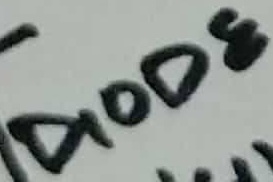
Text: DIODE